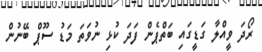
ރޯދަ ވީއްލާ ގަޑީގައި ބަތްޕެން ފަދަ ކުޅި ނުވަތަ މަޑު ސޫޕް ބޭނުން